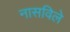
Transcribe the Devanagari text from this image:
नासविले